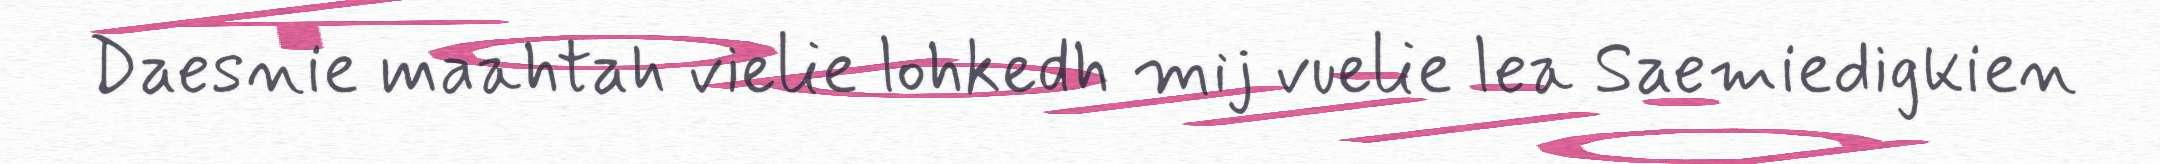
Daesnie maahtah vielie lohkedh mij vuelie lea Saemiedigkien